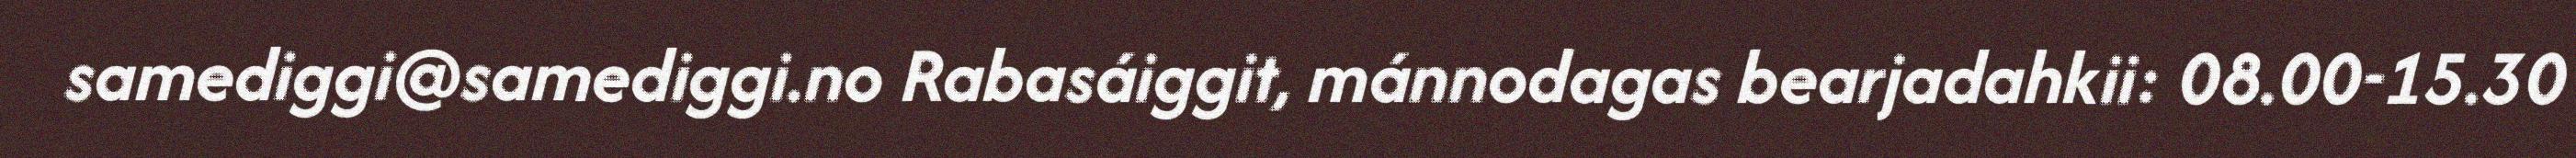
samediggi@samediggi.no Rabasáiggit, mánnodagas bearjadahkii: 08.00-15.30